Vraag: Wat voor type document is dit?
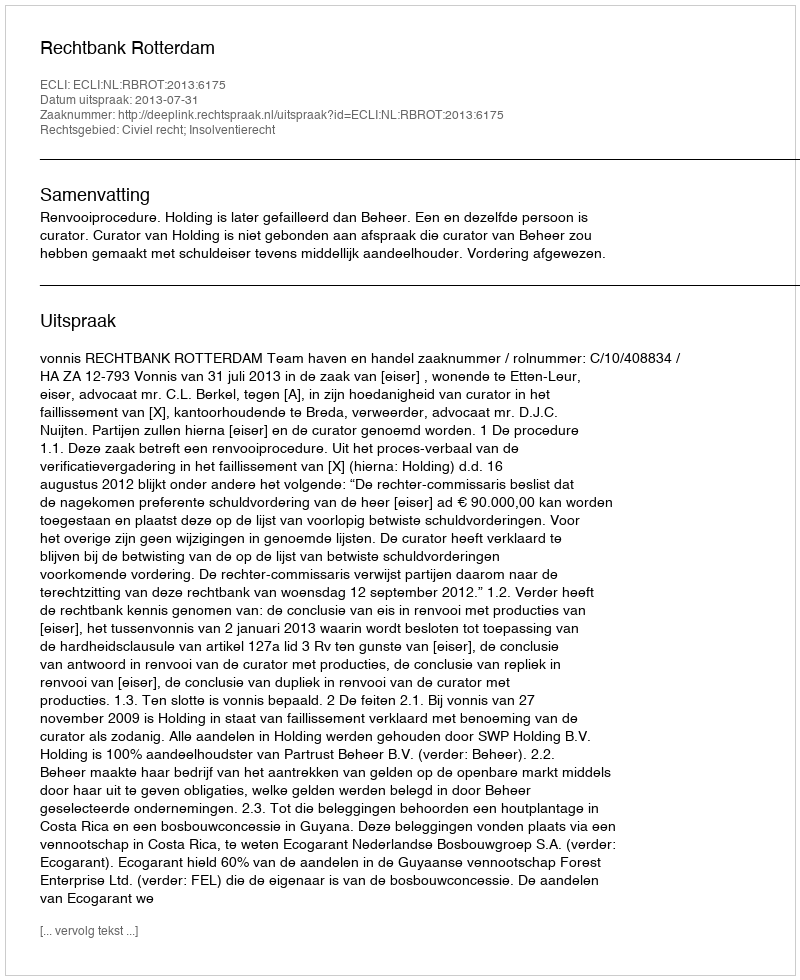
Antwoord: Uitspraak